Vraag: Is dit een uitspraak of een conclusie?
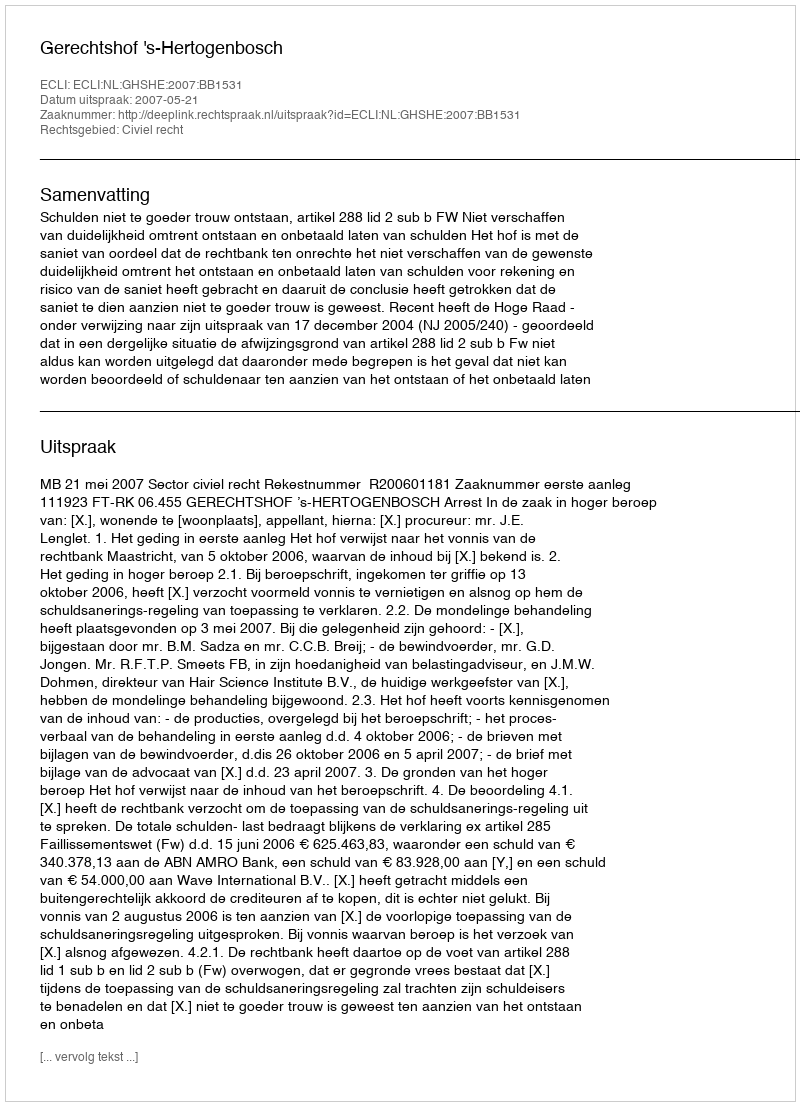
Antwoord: Uitspraak